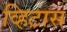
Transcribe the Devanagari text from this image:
व्हिटास